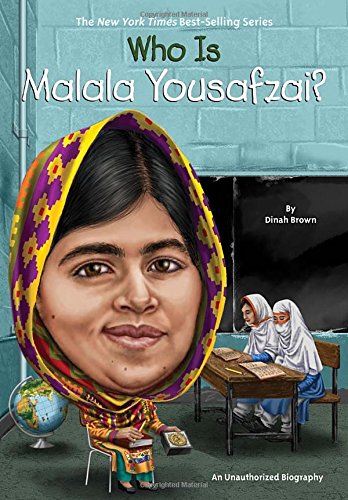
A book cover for Who Is Malala Yousafzai? (Who Was...?); Dinah Brown; Children's Books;